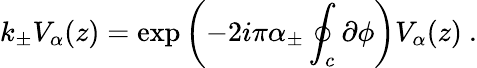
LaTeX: k_{\pm}V_{\alpha}(z)=\exp\left(-2i\pi\alpha_{\pm}\oint_{c}\partial\phi\right)V_{\alpha}(z)~.